Report on the Nagpur School of Medicine, Central Provinces
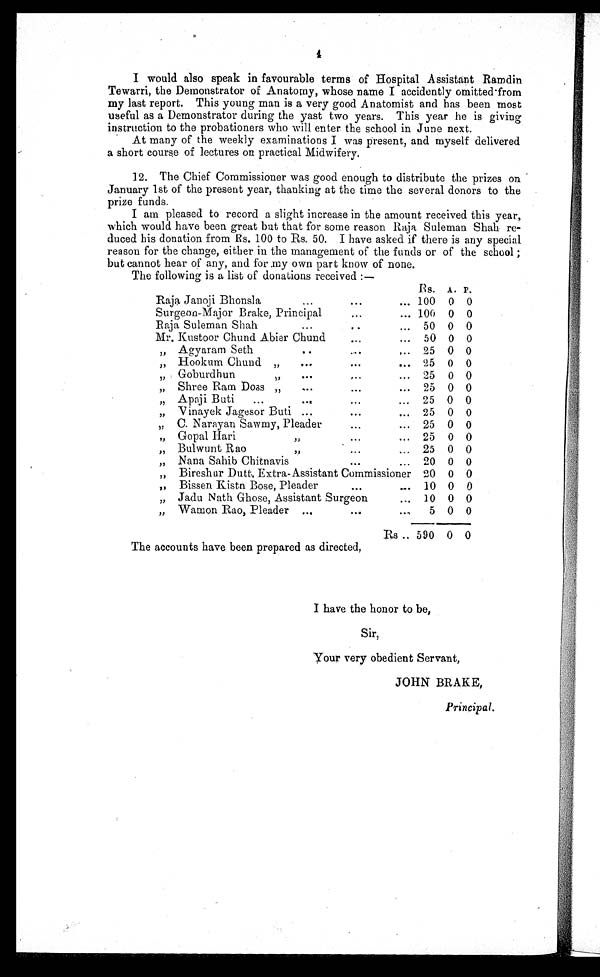
4
I would also speak in favourable terms of Hospital Assistant Ramdin
Tewarri, the Demonstrator of Anatomy, whose name I accidently omitted from
my last report. This young man is a very good Anatomist and has been most
useful as a Demonstrator during the yast two years. This year he is giving
instruction to the probationers who will enter the school in June next.
At many of the weekly examinations I was present, and myself delivered
a short course of lectures on practical Midwifery.
12. The Chief Commissioner was good enough to distribute the prizes on
January 1st of the present year, thanking at the time the several donors to the
prize funds.
I am pleased to record a slight increase in the amount received this year,
which would have been great but that for some reason Raja Suleman Shah re-
duced his donation from Rs. 100 to Rs. 50. I have asked if there is any special
reason for the change, either in the management of the funds or of the school ;
but cannot hear of any, and for my own part know of none.
The following is a list of donations received :—
Rs. A. P.
Raja Janoji Bhonsla
...
...
... 100 0 0
Surgeon-Major Brake, Principal
... ... 100 0 0
Raja Suleman Shah
••.
50 0 0
Mr. Kustoor Chund Abier Chund... • •
50 0 0
•
,, Agyaram Seth
... 25 0 0
•••
,, Hookum Chund „
.... 25 0 0
•••
•
,, Goburdhun
, , . . . 25 0 0
„ Shree Ram Doss „
••• •
...
• • •
25 0 0
,, Apaji Buti
...
...
... 25 0 0
, ,
,,
-Vinayek Jagesor Buti ..
... 25 0 0
,,
C . N a r a y a n S a w m y , P l e a d e r
. . .
. . . 25 0 0
,, Gopal Hari
,,
...
... 25 0 0
, ,
, , Bulwunt Rao
, ,
• • •
..
25 0 0
, ,
, , Nana Sahib Chitnavis
...
... 20 0 0
, ,
, ,
Bireshur Dutt, Extra-Assistant Commissioner 20 0 0
„ Bissen Kistn Bose, Pleader
...
10 0 0
, , Jadu Nath Ghose, Assistant Surgeon
.. 10 0 0
, , Wamon Rao, Pleader ..
...
..
5 0 0
Rs .. 590 0 0
The accounts have been prepared as directed,
I have the honor to be,
Sir,
your very obedient Servant,
JOHN BRAKE,
Principal.